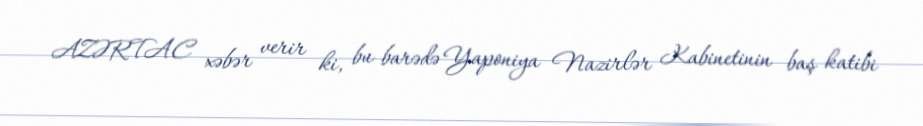
AZƏRTAC xəbər verir ki, bu barədə Yaponiya Nazirlər Kabinetinin baş katibi